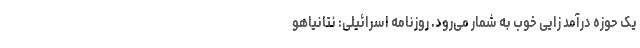
یک حوزه درآمد زایی خوب به شمار می‌رود. روزنامه اسرائیلی: نتانیاهو